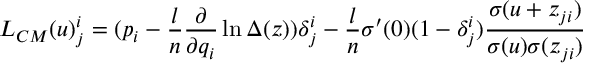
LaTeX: L _ { C M } ( u ) _ { j } ^ { i } = ( p _ { i } - \frac { l } { n } \frac { \partial } { \partial q _ { i } } \ln \Delta ( z ) ) \delta _ { j } ^ { i } - \frac { l } { n } \sigma ^ { \prime } ( 0 ) ( 1 - \delta _ { j } ^ { i } ) \frac { \sigma ( u + z _ { j i } ) } { \sigma ( u ) \sigma ( z _ { j i } ) }